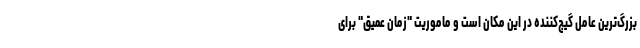
بزرگ‌ترین عامل گیج‌کننده در این مکان است و ماموریت "زمان عمیق" برای